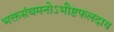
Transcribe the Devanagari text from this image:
भक्तसंघमनोऽभीष्टफलदाय